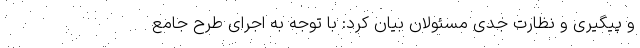
و پیگیری و نظارت جدی مسئولان بیان کرد: با توجه به اجرای طرح جامع